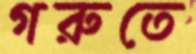
গরুতে